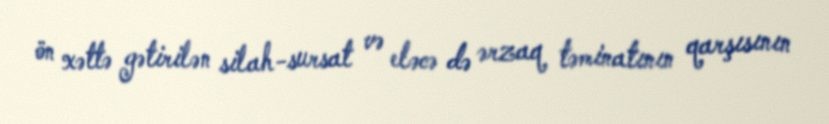
ön xəttə gətirilən silah-sursat və eləcə də ərzaq təminatının qarşısının